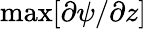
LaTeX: \operatorname*{max}[{\partial\psi}/{\partial z}]